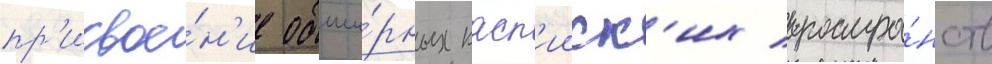
пр'исвое́н'ие обши́рных касп'ииск'их простра́нств